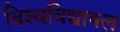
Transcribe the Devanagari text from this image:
विश्‍वविद्यायल